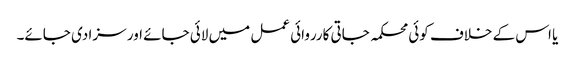
یا اس کے خلاف کوئی محکمہ جاتی کارروائی عمل میں لائی جائے اور سزا دی جائے۔